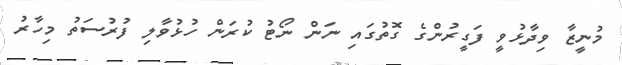
މުނީޒާ ވިދާޅުވީ ފަގީރުންގެ ގޮތުގައި ނަން ނޯޓު ކުރަން ހުޅުވާލި ފުރުސަތު މިހާރު